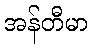
အန်တီမာ